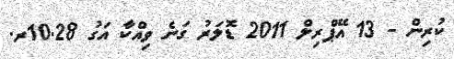
ކުރިން - 13 އޭޕްރިލް 2011 ޑޮލަރު ގަނެ ވިއްކާ އަގު 10.28ރ.